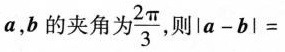
a，b的夹角\frac{2π}{3}，则$$l a - b l =$$